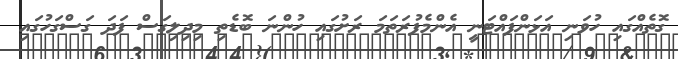
ގޮތެއްގައި ހުވަނި އަޅަންފައްޓަނީ އެންމެފުރަތަމަ ރަށުގައި ހުންނަ ބޮޑެތި މިދިލިގަސް ފަދަ ގަސްގަހުގައި